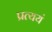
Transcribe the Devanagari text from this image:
प्रत्ययं